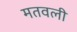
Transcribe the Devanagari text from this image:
मतवली